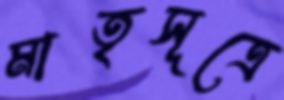
মাতৃসূত্রে